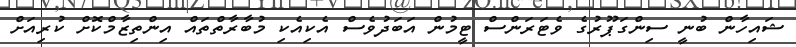
ޝައިހާން ބުނީ ސިންގަޕޫރުގެ ވެޓަރަންސް ޓީމުން އަބަދުވެސް އެކިއެކި މުބާރާތްތައް އިންތިޒާމްކޮށް ކުރިއަށް